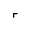
\ulcorner